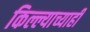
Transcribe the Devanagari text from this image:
किल्ल्याच्याही